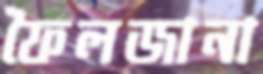
ফৈলজানা